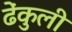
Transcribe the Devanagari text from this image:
ढेंकुली